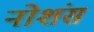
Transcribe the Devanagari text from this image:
नोशंस